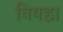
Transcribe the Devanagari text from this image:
विषह्म